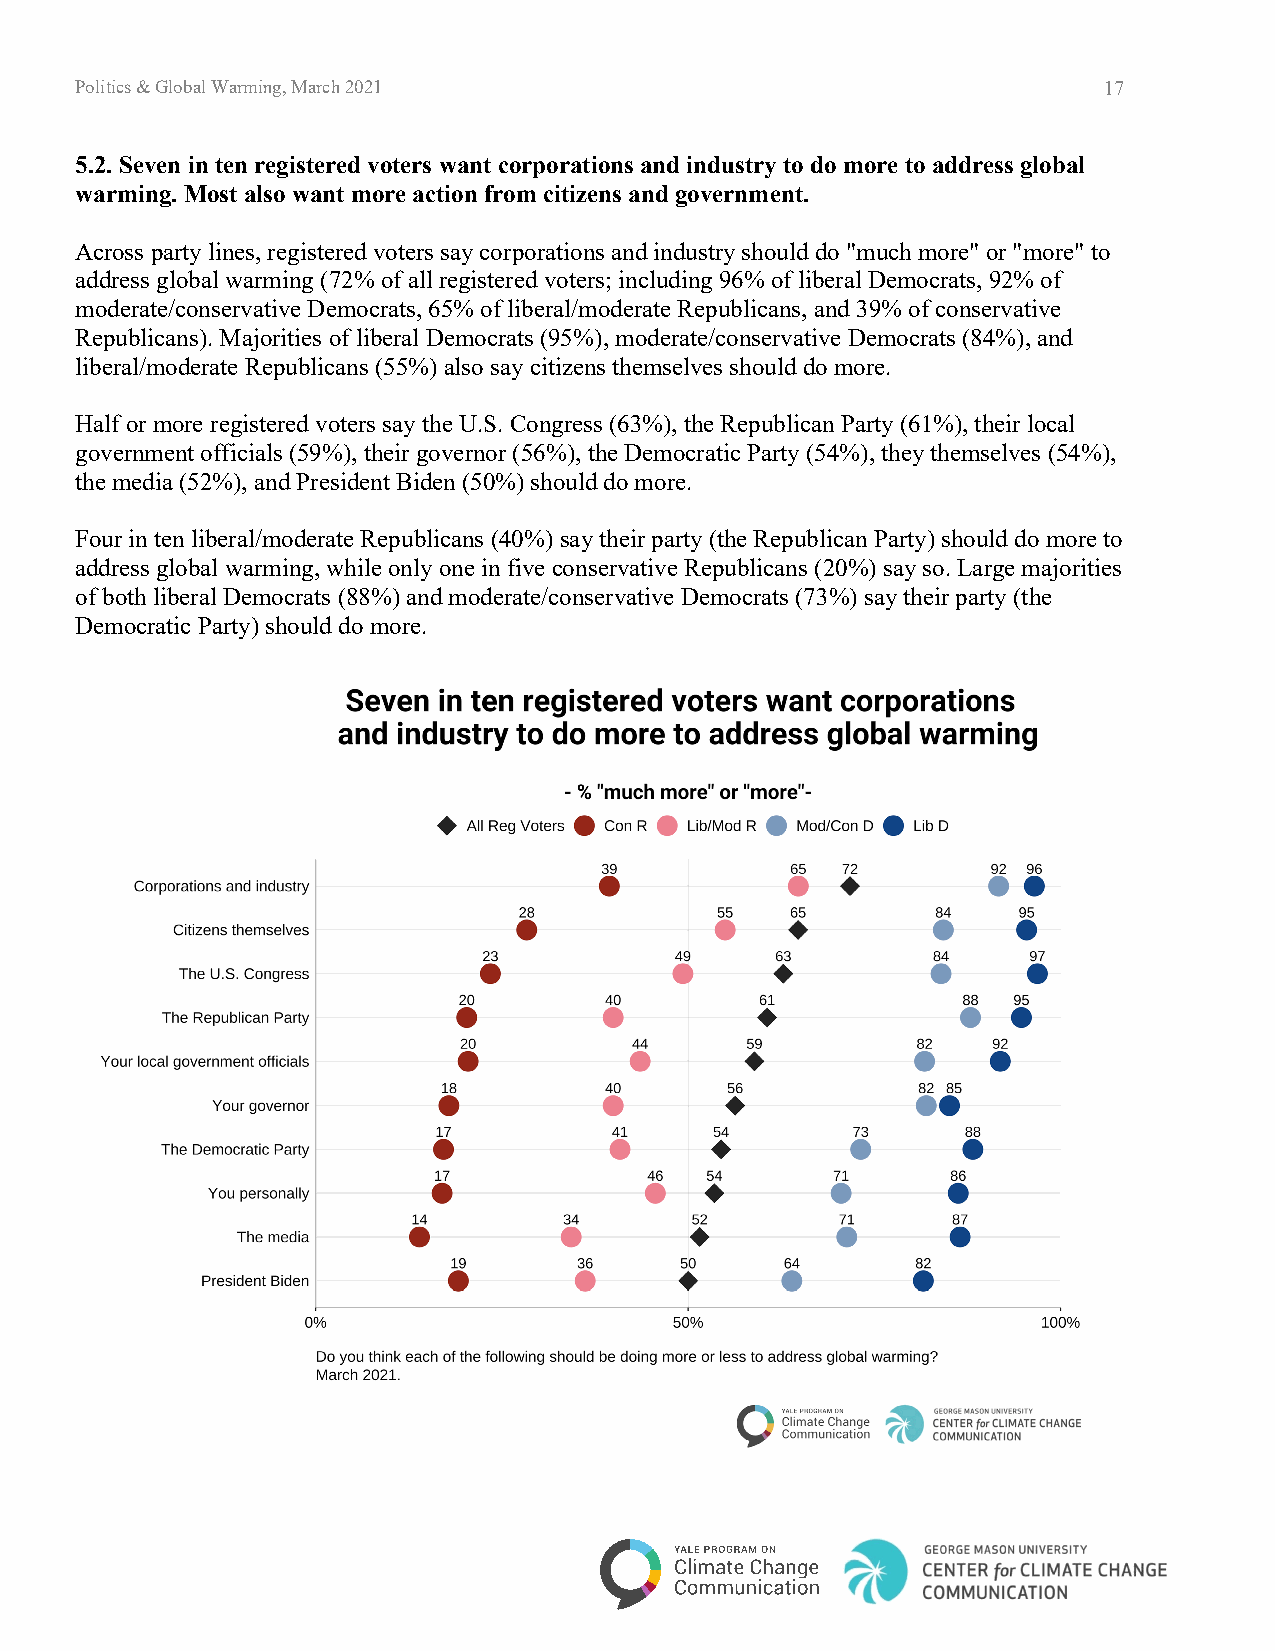
Politics & Global Warming, March 2021                               17
 5.2. Seven in ten registered voters want corporations and industry to do more to address global
 warming. Most also want more action from citizens and government.
 Across party lines, registered voters say corporations and industry should do "much more" or "more" to
 address global warming (72% of all registered voters; including 96% of liberal Democrats, 92% of
 moderate/conservative Democrats, 65% of liberal/moderate Republicans, and 39% of conservative
 Republicans). Majorities of liberal Democrats (95%), moderate/conservative Democrats (84%), and
 liberal/moderate Republicans (55%) also say citizens themselves should do more.
 Half or more registered voters say the U.S. Congress (63%), the Republican Party (61%), their local
 government officials (59%), their governor (56%), the Democratic Party (54%), they themselves (54%),
 the media (52%), and President Biden (50%) should do more.
 Four in ten liberal/moderate Republicans (40%) say their party (the Republican Party) should do more to
 address global warming, while only one in five conservative Republicans (20%) say so. Large majorities
 of both liberal Democrats (88%) and moderate/conservative Democrats (73%) say their party (the
 Democratic Party) should do more.